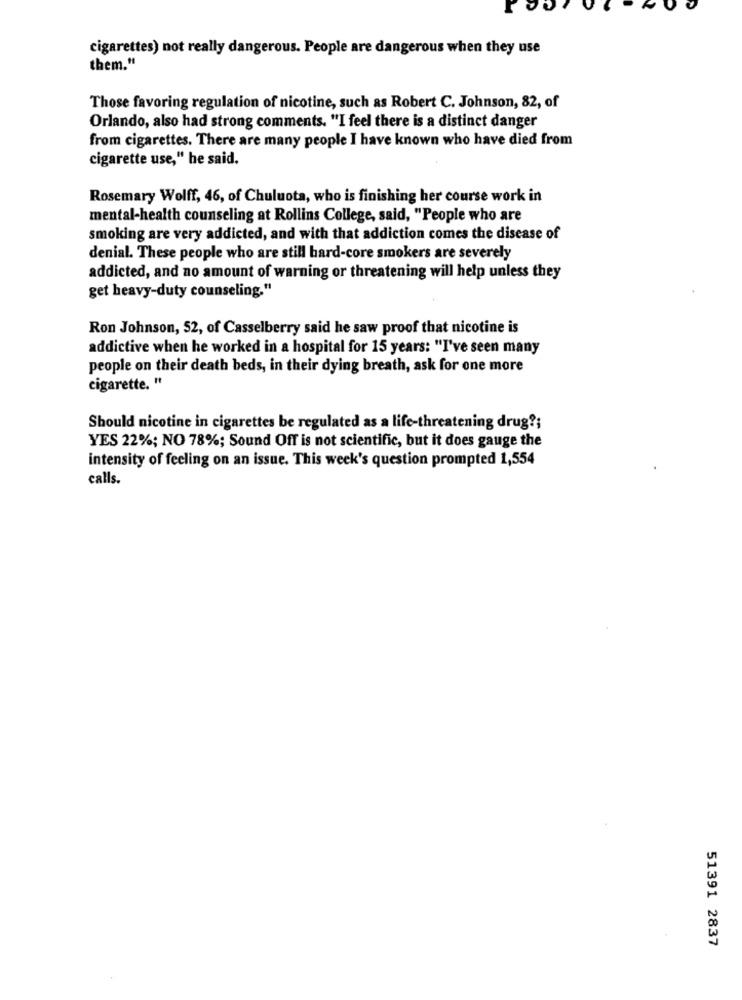
cigarettes) not really dangerous. People are dangerous when they use
them."
Those favoring regulation of nicotine, such as Robert C. Johnson, 82, of
Orlando, also had strong comments. "I feel there is a distinct danger
from cigarettes. There are many people I have known who have died from
cigarette use," he said.
Rosemary Wolff, 46, of Chuluota, who is finishing her course work in
mental-health counseling at Rollins College, said, "People who are
smoking are very addicted, and with that addiction comes the disease of
denial. These people who are still hard-core smokers are severely
addicted, and no amount of warning or threatening will help unless they
get heavy-duty counseling."
Ron Johnson, 52, of Casselberry said he saw proof that nicotine is
addictive when he worked in a hospital for 15 years: "I've seen many
people on their death beds, in their dying breath, ask for one more
cigarette. "
Should nicotine in cigarettes be regulated as a life-threatening drug ?;
YES 22%; NO 78%; Sound Off is not scientific, but it does gauge the
intensity of feeling on an issue. This week's question prompted 1,554
calls.
51391 2837